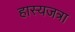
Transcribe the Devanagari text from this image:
हास्यजत्रा